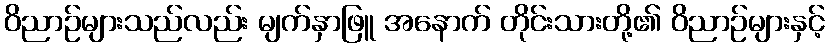
ဝိညာဉ်များသည်လည်း မျက်နှာဖြူ အနောက် တိုင်းသားတို့၏ ဝိညာဉ်များနှင့်